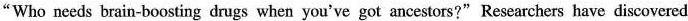
“Who needs brain-boosting drugs when you've got ancestors?" Researchers have discovered